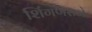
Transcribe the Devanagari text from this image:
शिंगणराजे